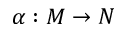
\alpha : M \to N